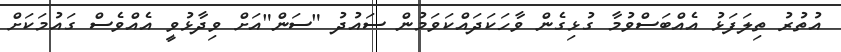
އުތުރު ތިލަފަޅު އެއްބަސްވުމާ ގުޅިގެން ވާހަކަދައްކަވަމުން ސައުދު "ސަން"އަށް ވިދާޅުވީ އެއްވެސް ގައުމަކަށް